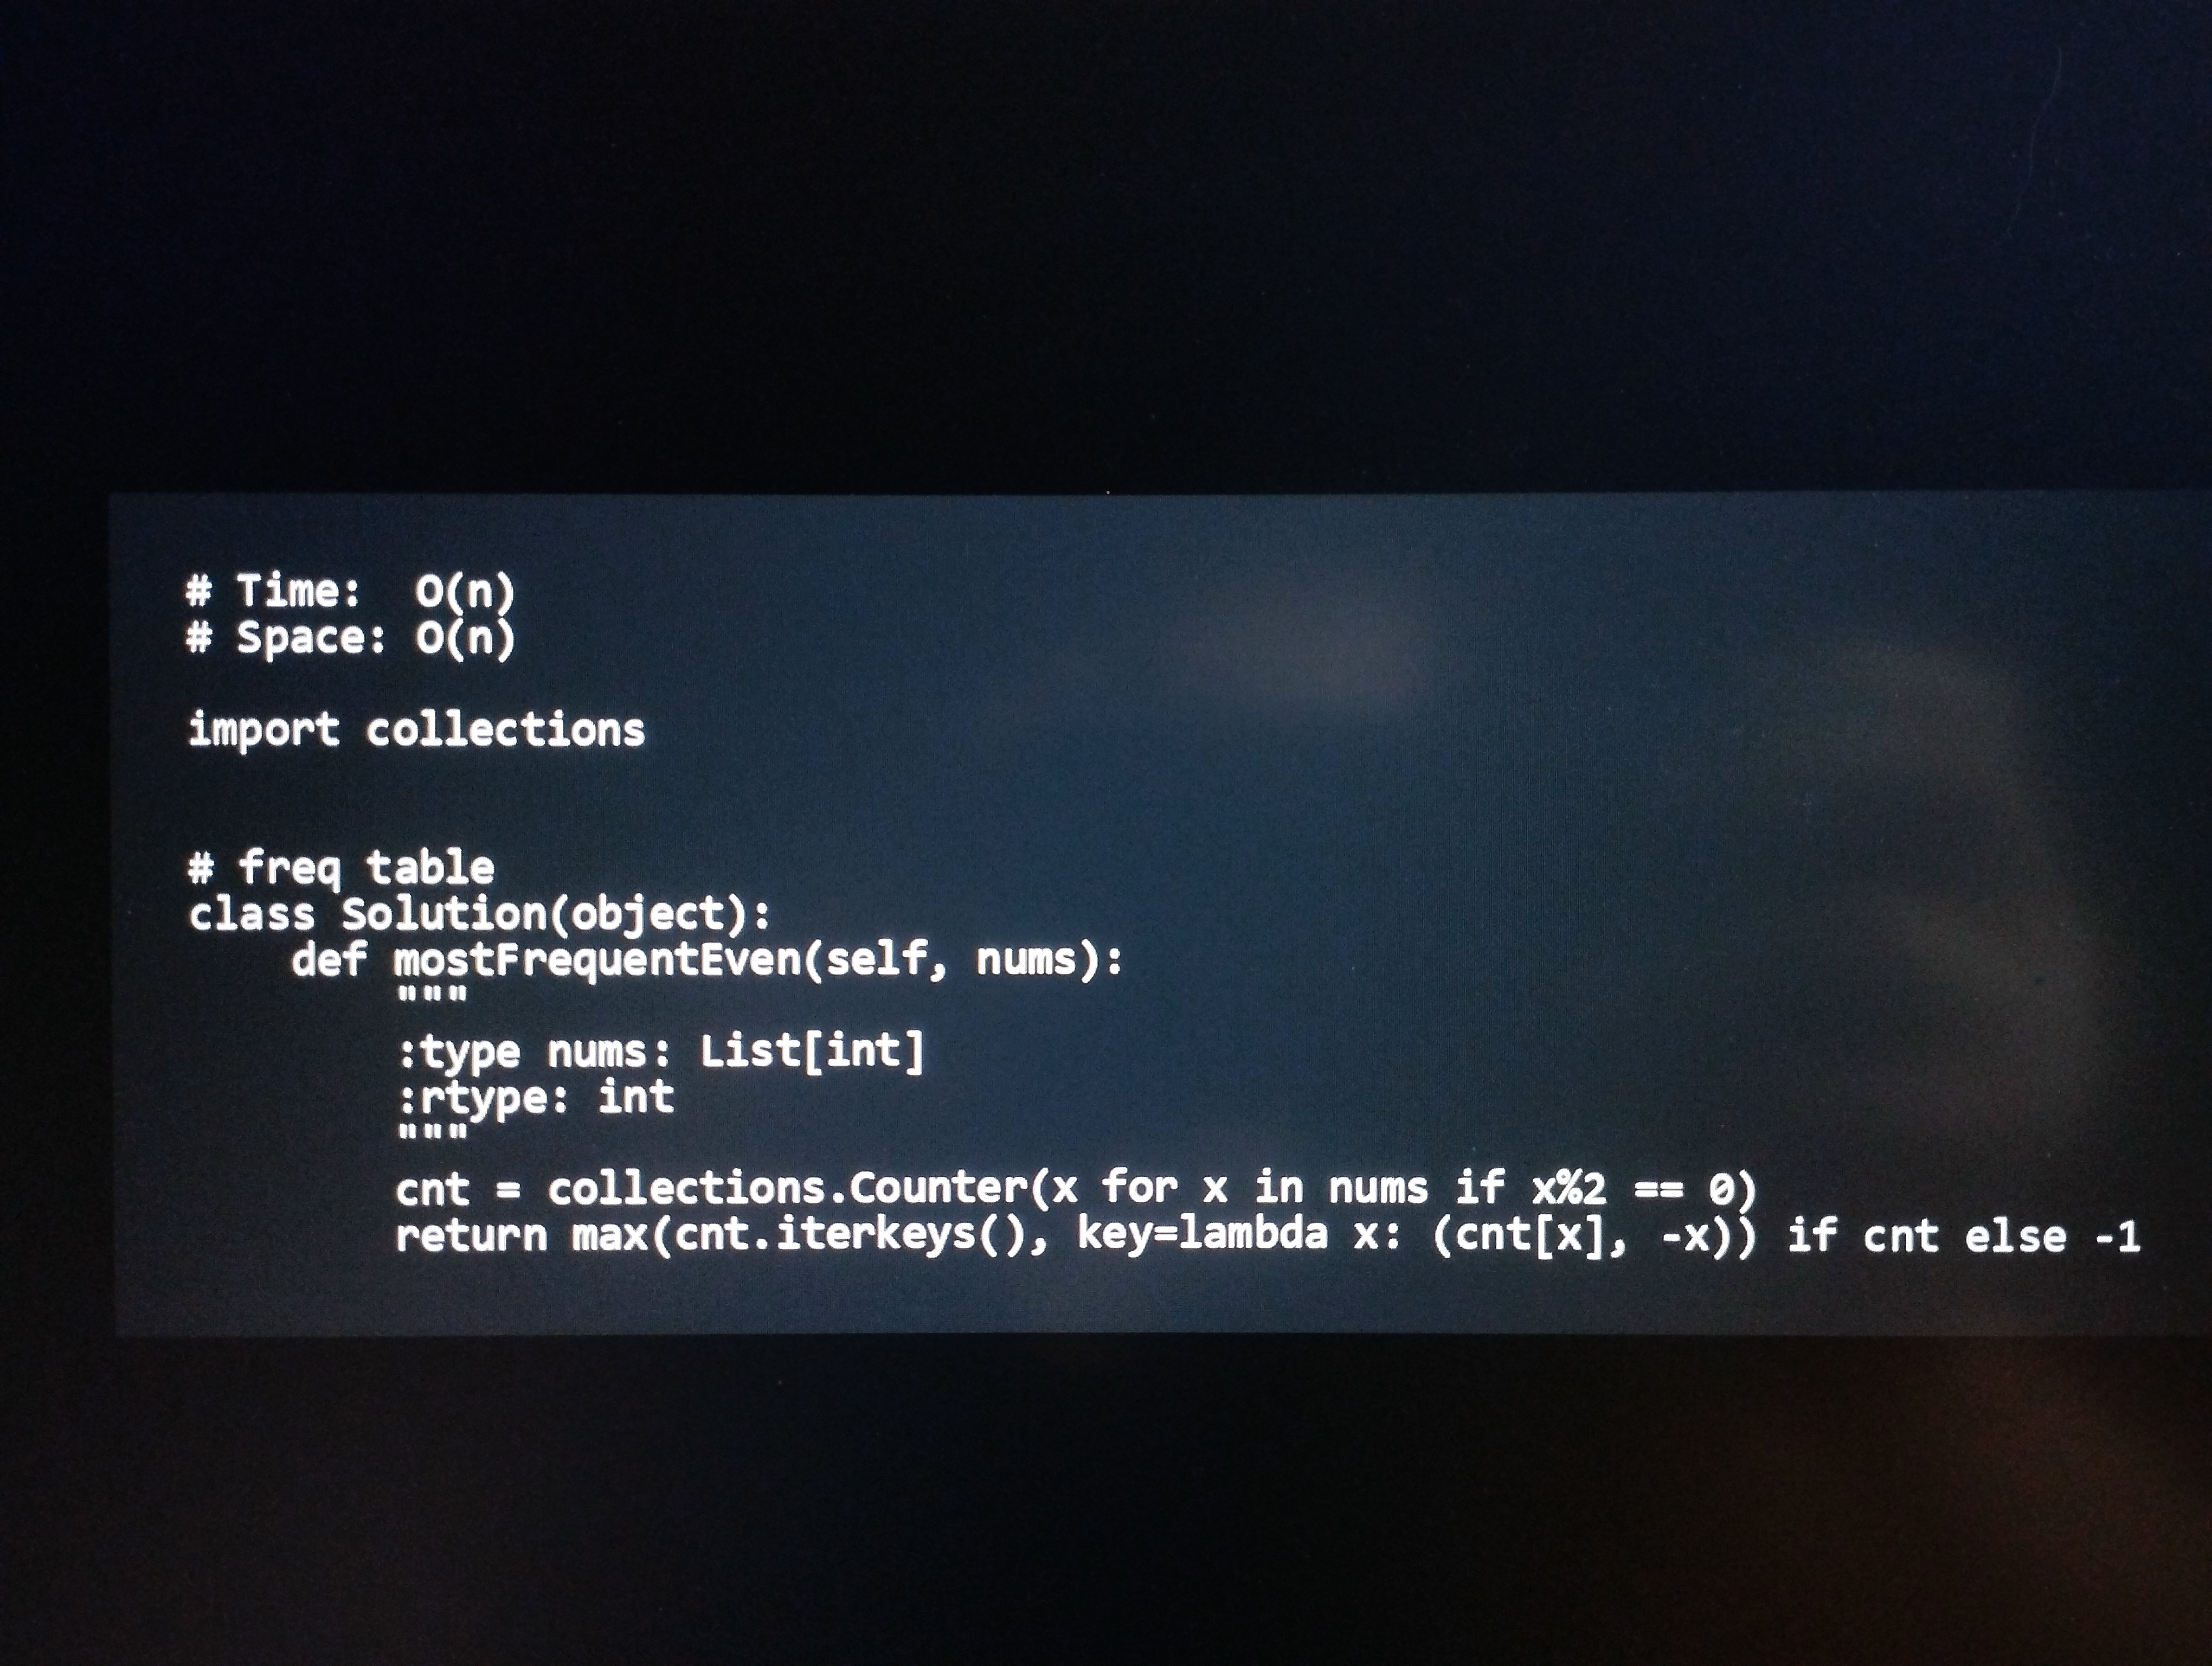
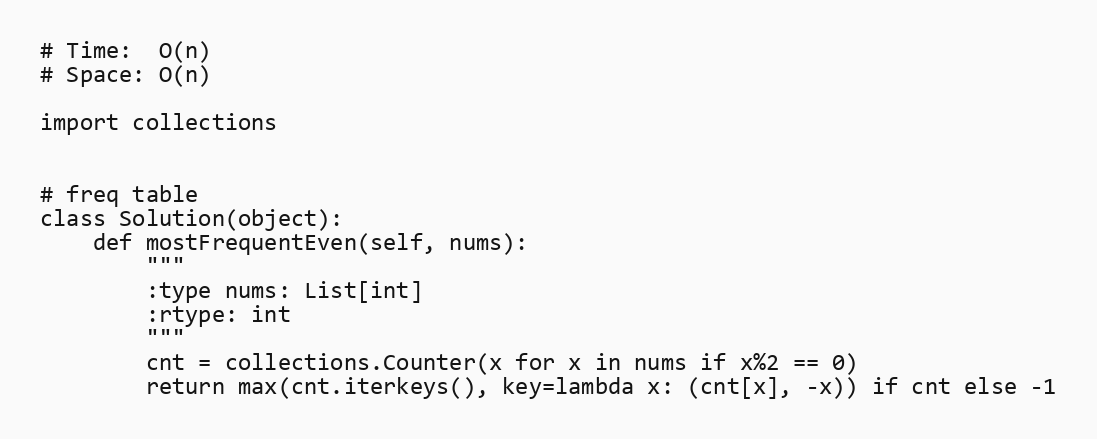
# Time:  O(n)
# Space: O(n)

import collections

# freq table
class Solution(object):
    def mostFrequentEven(self, nums):
        """
        :type nums: List[int]
        :rtype: int
        """
        cnt = collections.Counter(x for x in nums if x%2 == 0)
        return max(cnt.iterkeys(), key=lambda x: (cnt[x], -x)) if cnt else -1